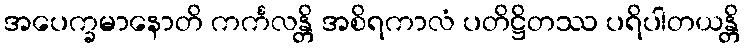
အပေက္ခမာနောတိ ကင်္ကလန္တိ အစိရကာလံ ပတိဋ္ဌိတဿ ပရိပါတယန္တိ